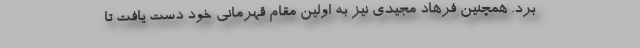
برد. همچنین فرهاد مجیدی نیز به اولین مقام قهرمانی خود دست یافت تا